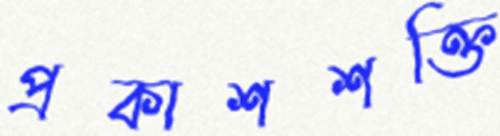
প্রকাশশক্তি